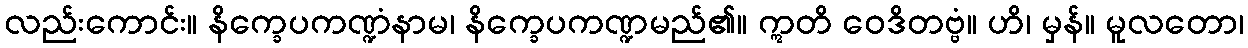
လည်းကောင်း။ နိက္ခေပကဏ္ဍံနာမ၊ နိက္ခေပကဏ္ဍမည်၏။ ဣတိ ဝေဒိတဗ္ဗံ။ ဟိ၊ မှန်။ မူလတော၊